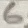
Text: 6